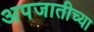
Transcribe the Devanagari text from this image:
अपजातीच्या